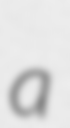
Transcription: a